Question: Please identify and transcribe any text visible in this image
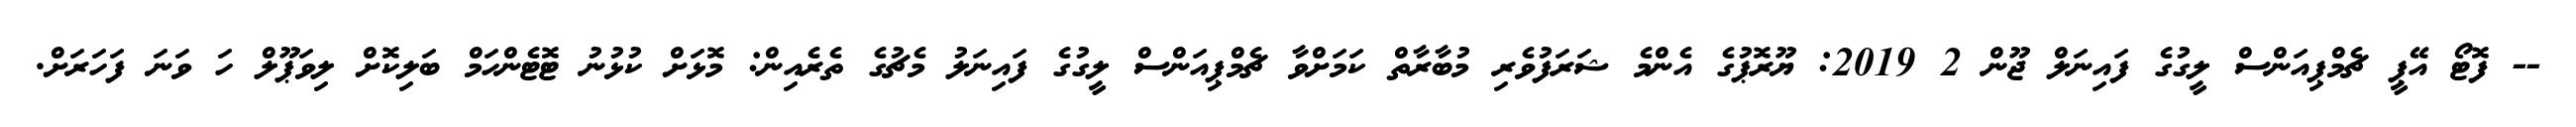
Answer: -- ފޮޓޯ އޭޕީ ޗެމްޕިއަންސް ލީގުގެ ފައިނަލް ޖޫން 2 2019: ޔޫރޮޕުގެ އެންމެ ޝަރަފުވެރި މުބާރާތް ކަމަށްވާ ޗެމްޕިއަންސް ލީގުގެ ފައިނަލު މެޗުގެ ތެރެއިން: މޮޅަށް ކުޅުނު ޓޮޓެންހަމް ބަލިކޮށް ލިވަޕޫލް ހަ ވަނަ ފަހަރަށް.